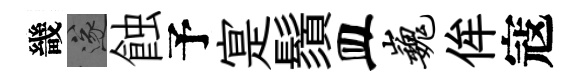
畿遂蝕予寔鬚皿巍侔寇